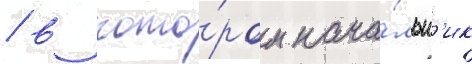
/ в кото́ром нача́льн'ик